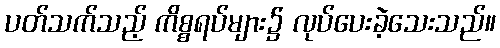
ပတ်သက်သည့် ကိစ္စရပ်များ၌ လုပ်ပေးခဲ့သေးသည်။